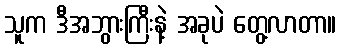
သူက ဒီအဘွားကြီးနဲ့ အခုပဲ တွေ့လာတာ။